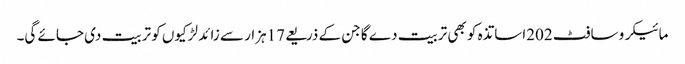
مائیکرو سافٹ 202اساتذہ کو بھی تربیت دے گا جن کے ذریعے 17ہزار سے زائد لڑکیوں کو تربیت دی جائے گی۔